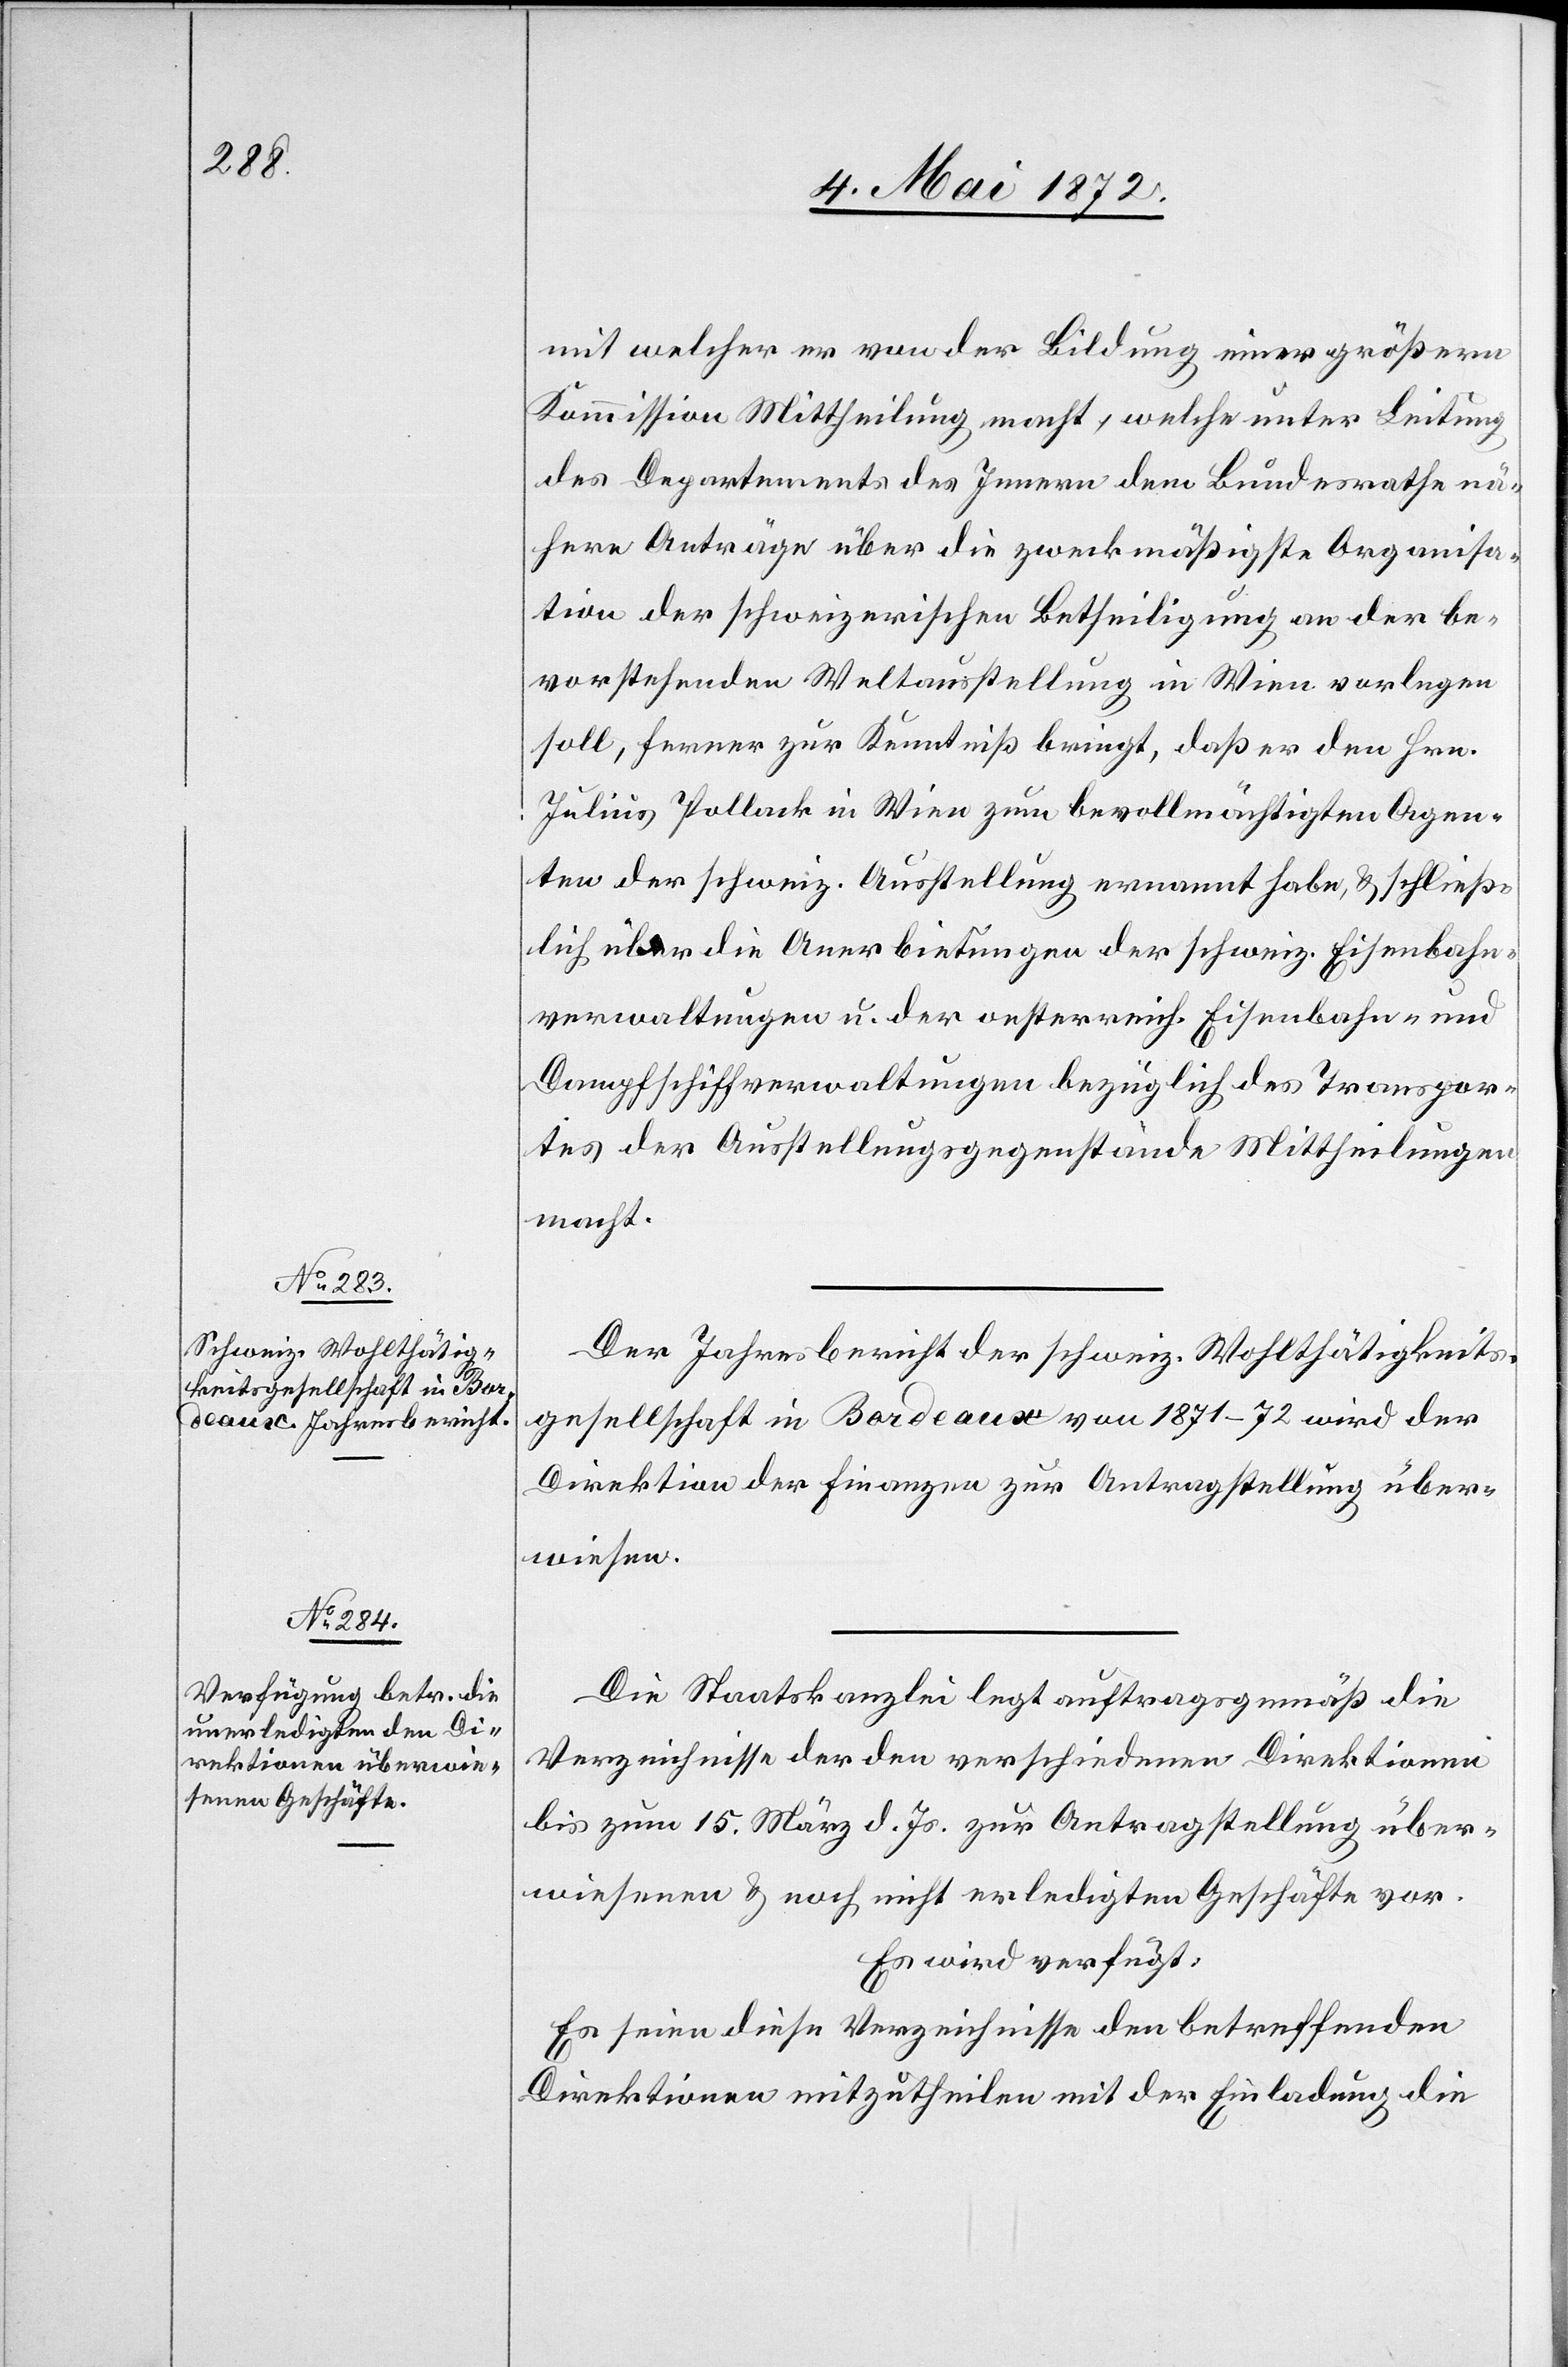
6. Mai 1872.]
mit welcher er von der Bildung einer größern
Kommission Mittheilung macht, welche unter Leitung
des Departements des Innern dem Bundesrathe nä¬
here Anträge über die zweckmäßigste Organisa¬
tion der schweizerischen Betheiligung an der be¬
vorstehenden Weltausstellung in Wien vorlegen
soll, ferner zur Kenntniß bringt, daß er den Hrn.
Julius Pollack in Wien zum bevollmächtigten Agen¬
ten der schweiz. Ausstellung ernannt habe, u. schließ¬
lich über die Anerbietungen der schweiz. Eisenbahn¬
verwaltungen u. der oesterreich. Eisenbahn- und
Dampfschiffverwaltungen bezüglich des Transpor¬
tes der Ausstellungsgegenstände Mittheilungen
macht.
Der Jahresbericht der schweiz. Wohlthätigkeits¬
gesellschaft in Bordeaux von 1871–72 wird der
Direktion der Finanzen zur Antragstellung über¬
wiesen.
Die Staatskanzlei legt auftragsgemäß die
Verzeichnisse der den verschiedenen Direktionen
bis zum 15. März d. Js. zur Antragstellung über¬
wiesenen u. noch nicht erledigten Geschäfte vor.
Es wird verfügt:
Es seien diese Verzeichnisse den betreffenden
Direktionen mitzutheilen mit der Einladung die